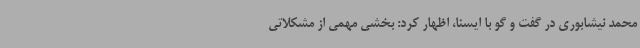
محمد نیشابوری در گفت و گو با ایسنا، اظهار کرد: بخشی مهمی از مشکلاتی